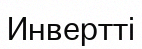
Инвертті